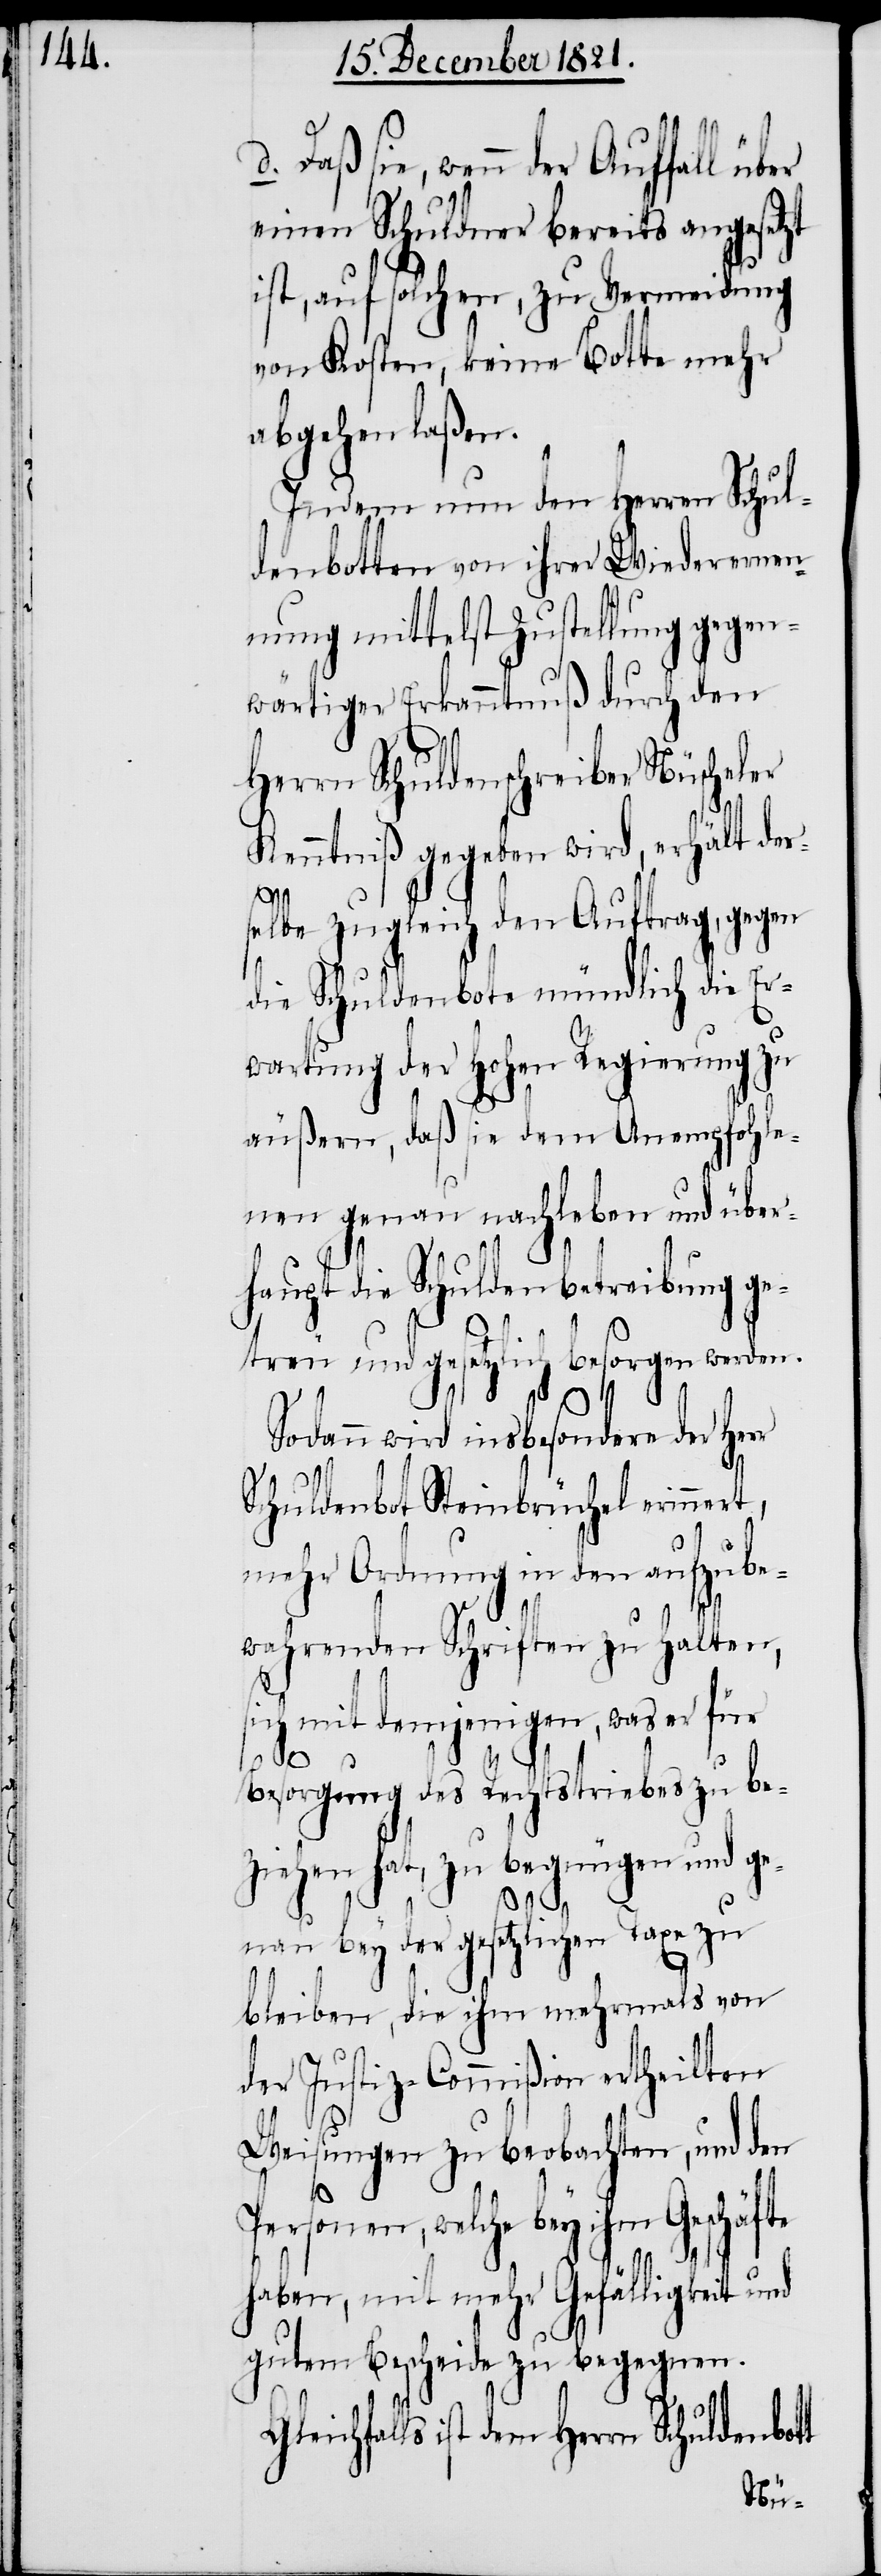
einen Schuldner bereits angesetzt
ist, auf solchen, zu Vermeidung
von Kosten, keine Botte mehr
abgehen laßen.
Indem nun den Herren Schul¬
denbotten von ihrer Wiederernen¬
nung mittelst Zustellung gegen¬
wärtiger Erkanntnuß durch den
Herrn Schuldenschreiber Nüscheler
Kenntniß gegeben wird, erhält der¬
selbe zugleich den Auftrag, gegen
die Schuldenbote mündlich die Er¬
wartung der Hohen Regierung zu
äußern, daß sie dem Anempfohle¬
nen genau nachleben und über¬
haupt die Schuldenbetreibung ge¬
treu und gesetzlich besorgen werden.
t,
Sodann wird insbesondere der Herr
Schuldenbot Steinbrüchel erinner¬
mehr Ordnung in den aufzube¬
wahrenden Schriften zu halten,
sich mit demjenigen, was er für
Besorgung des Rechtstriebes zu be¬
ziehen hat, zu begnügen und ge¬
nau bey der gesetzlichen Taxe zu
bleiben, die ihm mehrmals von
der Justiz-Commißion ertheilten
Weisungen zu beobachten, und den
Personen, welche bey ihm Geschäfte
sie,
haben, mit mehr Gefälligkeit und
d.
gutem Bescheide zu begegnen.
Gleichfalls ist dem Herrn